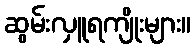
ဆွမ်းလှူရကျိုးများ။